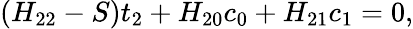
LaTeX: (H_{22}-S)t_{2}+H_{20}c_{0}+H_{21}c_{1}=0,